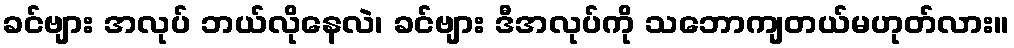
ခင်ဗျား အလုပ် ဘယ်လိုနေလဲ၊ ခင်ဗျား ဒီအလုပ်ကို သဘောကျတယ်မဟုတ်လား။